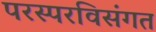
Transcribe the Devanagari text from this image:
परस्परविसंगत